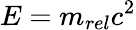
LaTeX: E=m_{rel}c^{2}